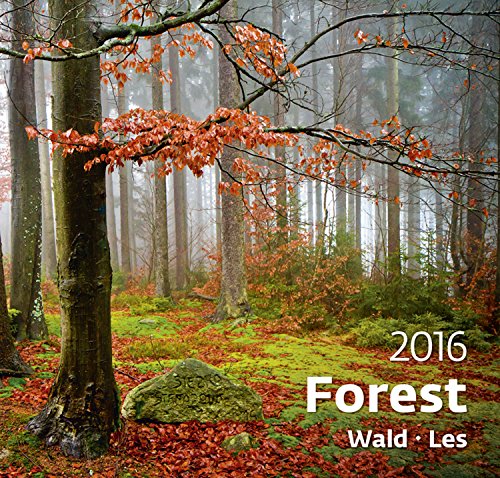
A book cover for Forest Wall Calendar 2016 - Tree Calendar - Poster Calendar - Nature Photography Calendar By Helma; MegaCalendars; Calendars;